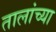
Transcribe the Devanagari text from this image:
तालांच्या